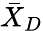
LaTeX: {\bar{X}}_{D}